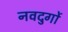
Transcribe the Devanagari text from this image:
नवदुर्गो